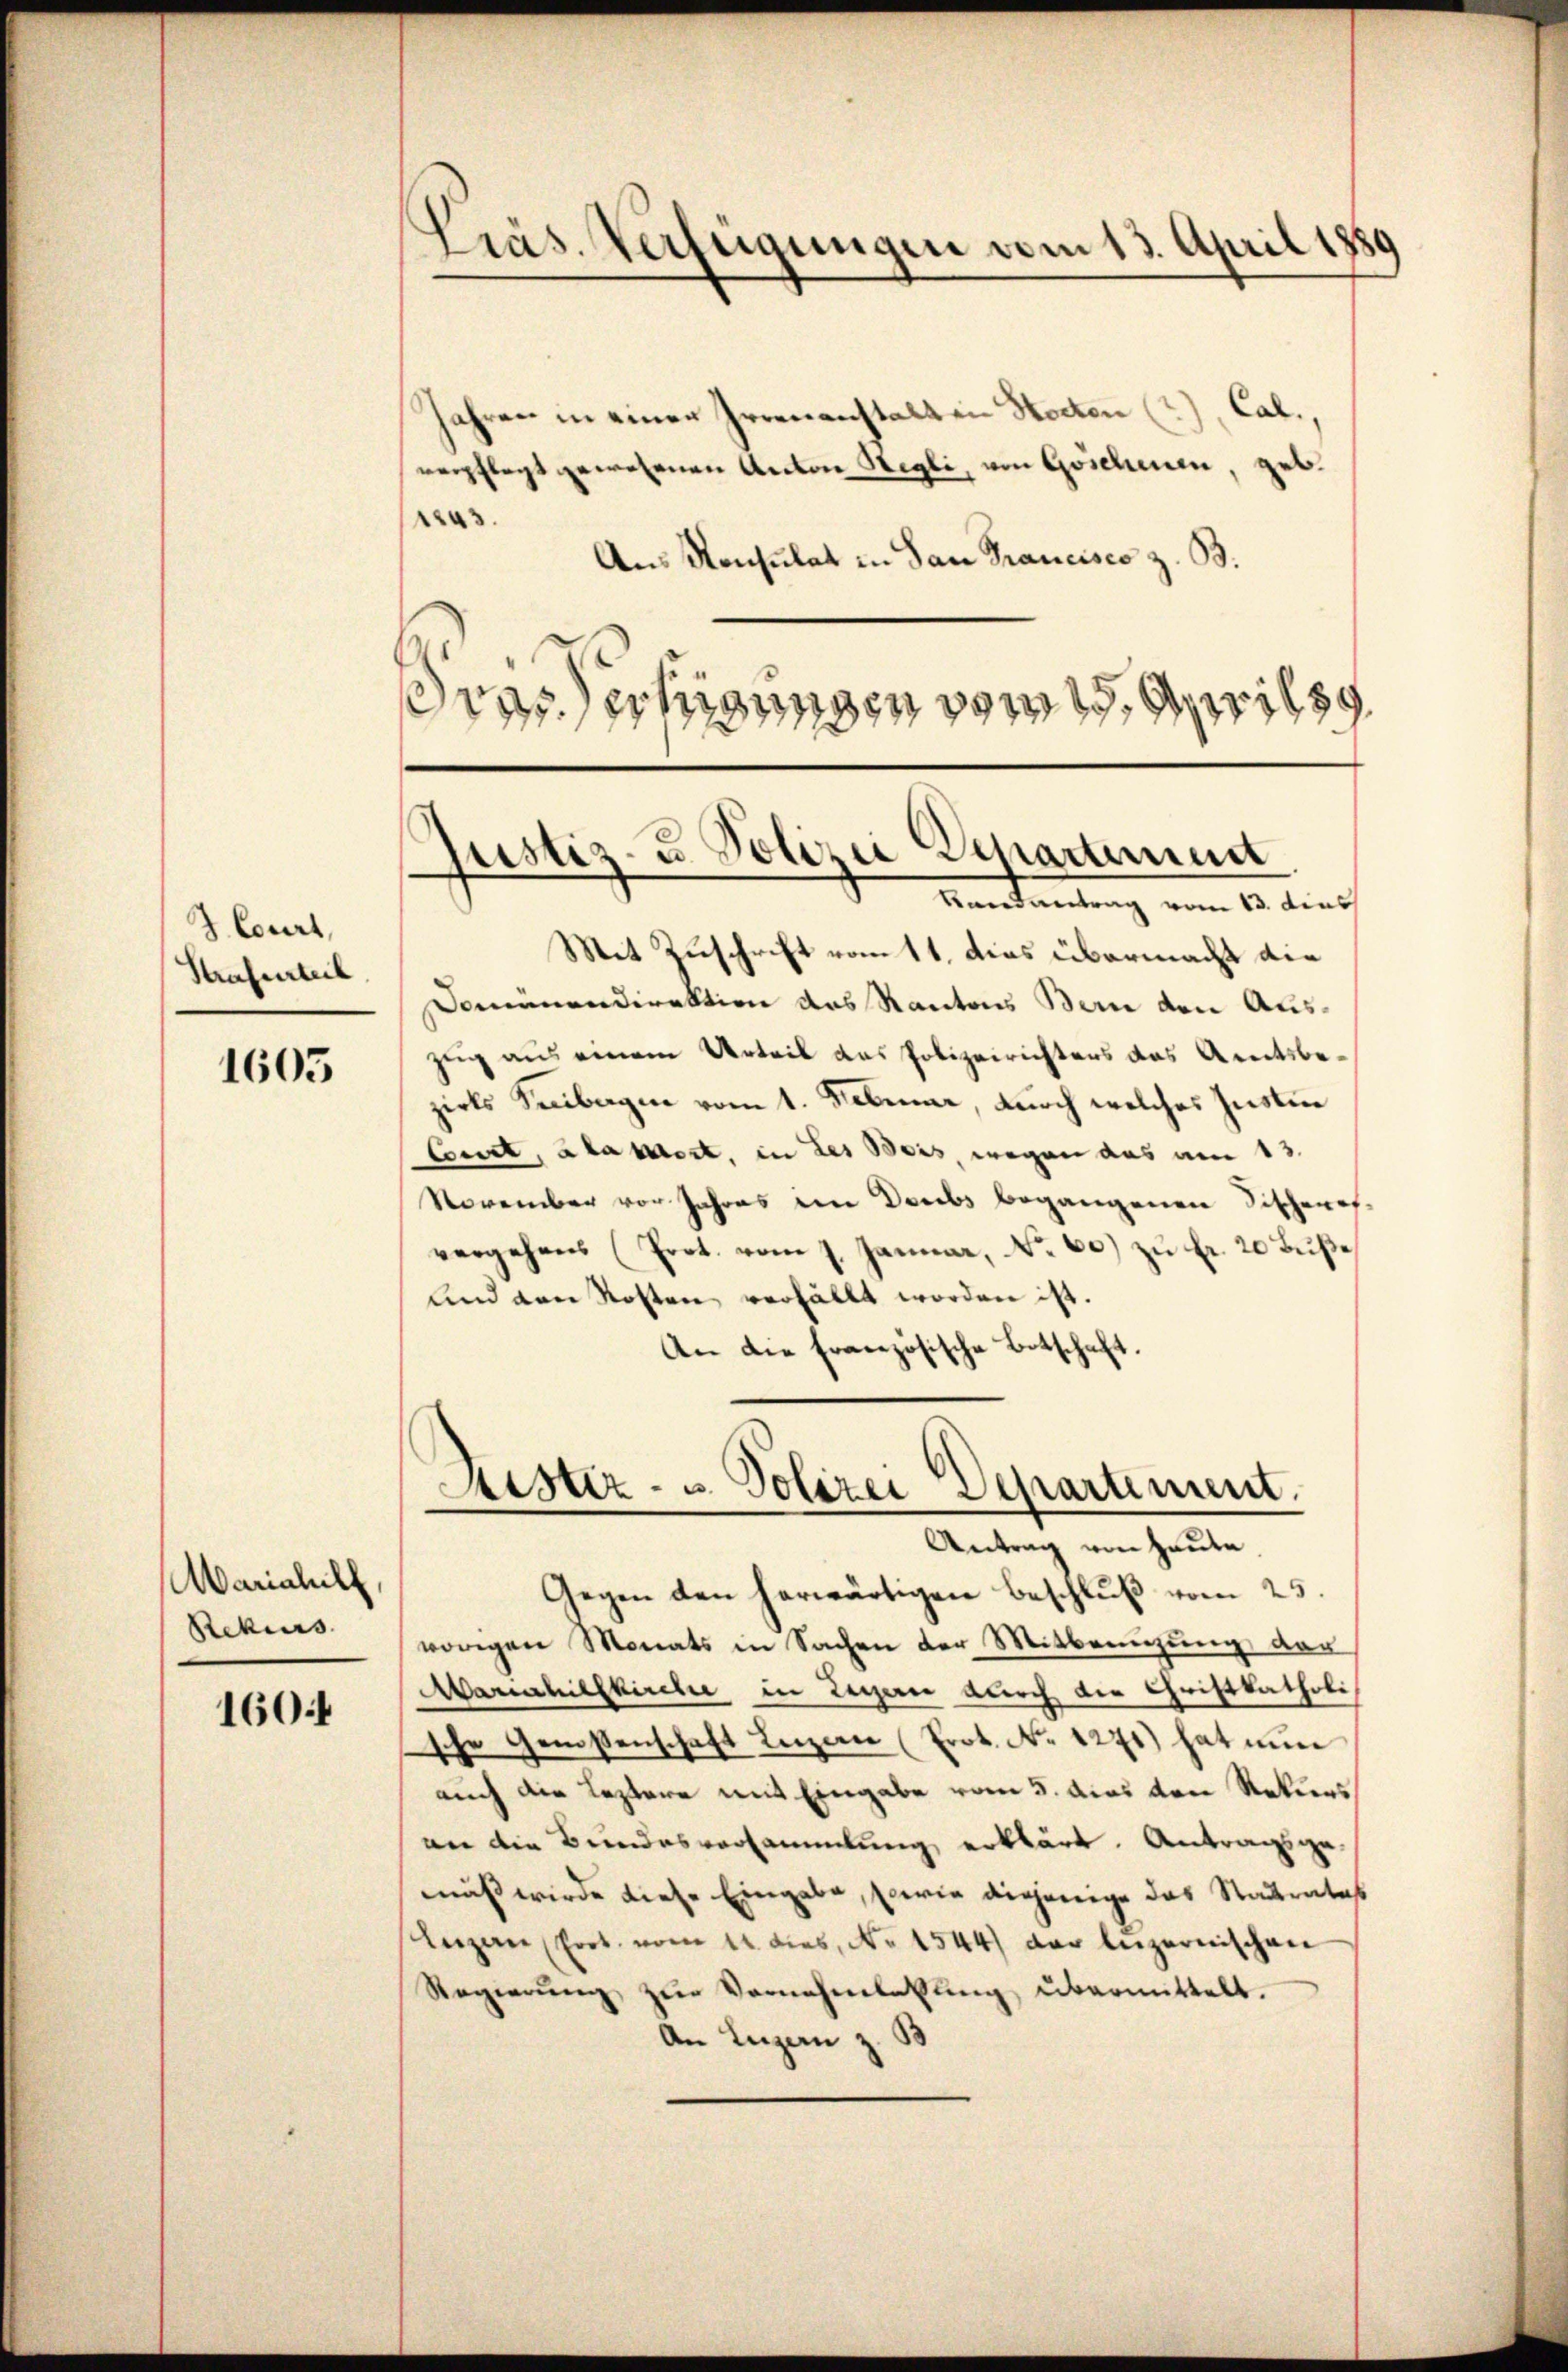
3. Court,
Strafenheil

1605

Mariahill
Rekurs

1604

Präs. Verfügungen vom 13. April 1889

Jahren in einer Irrenanstalt in Hocten (?), Cal.,
verpflegt gewesenen Anton Stegli, von Goschenen, geb.
1243.
Aus Konsulat in San Francisco z. B.
d
rassertigungen von di

Justiz- u. Polizei Separtement
Beantretung vom 10. dies

Mit Zuschrift vom 11. das übermacht die
Domänendirektion des Kantons Bern den Auszug aus einem Urteil das Polizeirichters das Amtsbezirks Seebagin vom 1. Februar, durch welches Instim
Court, Klassert, in des Beis, wegen das am 13.
November vor Jahres in Deubs begangenen Sitzeres-
vergehens (Prot. vom 7. Januar, No. 60) zu Fr. 20 Buße
und den Kosten verfällt worden ist.
An die Französische Botschaft.

Astiz- u. Polizei Departement.
Antrag von Heute
Gegen den herwärtigen Beschluß vom 25.

vorigen Monats in Sachen der Mitbringung der
Mariahilskirche in Legen durch die Christkatholi
sche Genossenschaft Luzern (Prot. No 1271) hat nun
auch die leztere mit Eingabe vom 3. Aus den Rekurs
an die Bundesversammlung erklärt. Antragsgemuß werde diese Eingabe, sowie diejenige das Stadtratet
Luzern (fort. vom 14. dies, No 1544 der luzernischen
Regierŭng zŭr Vornehmlassŭng übermittelt.
An Luzern z. B